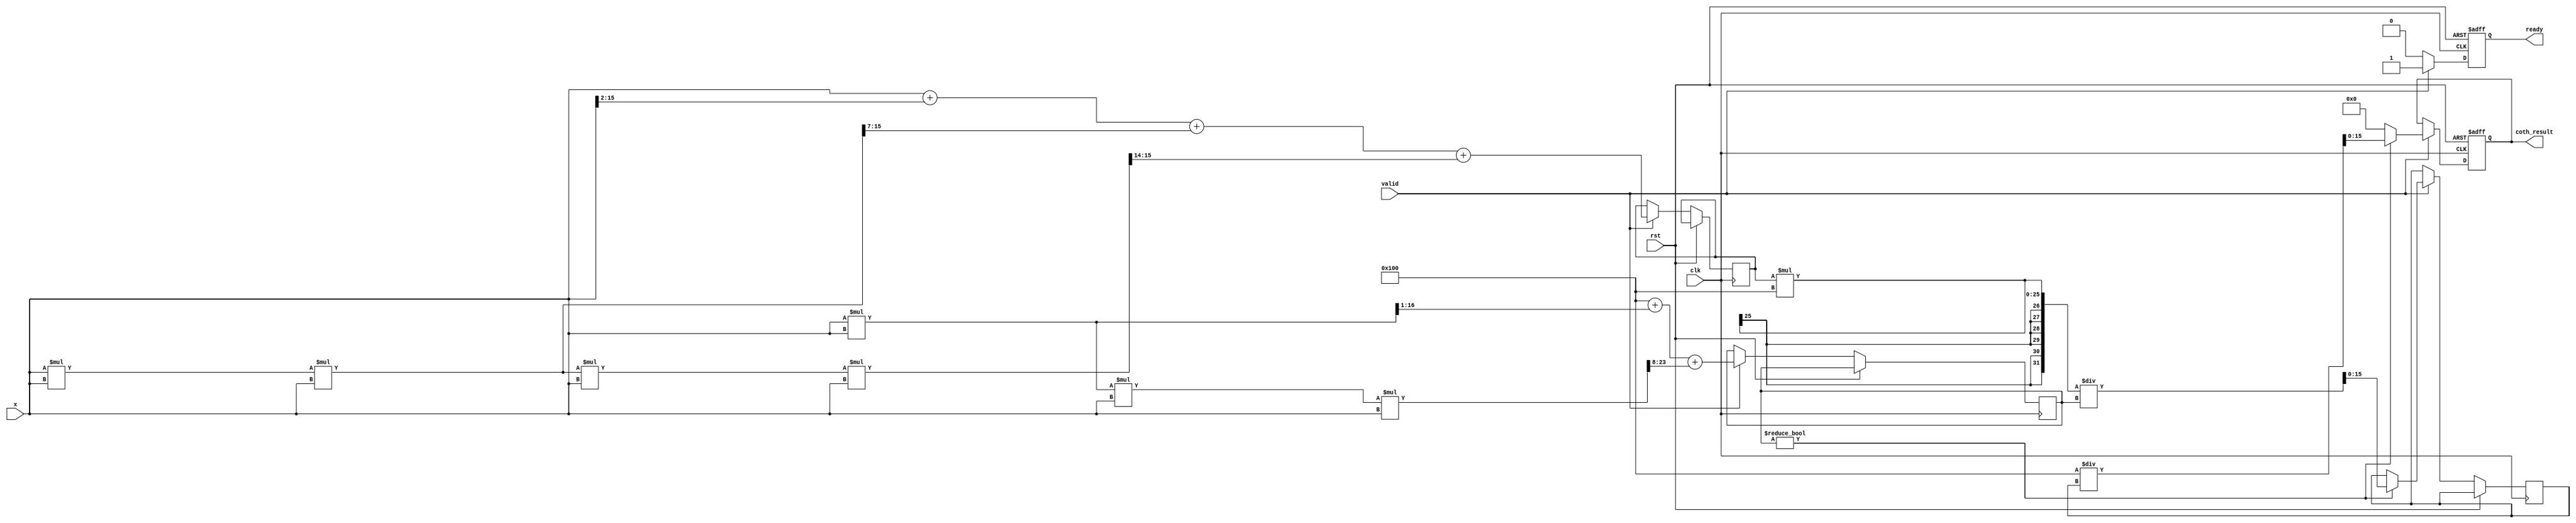
module hyperbolic_coth #(
    parameter DATA_WIDTH = 16,    // Bit-width for input and output
    parameter FRAC_WIDTH = 8       // Number of fractional bits
) (
    input wire clk,                // Clock signal
    input wire rst,                // Reset signal
    input wire valid,              // Input valid signal
    input wire signed [DATA_WIDTH-1:0] x, // Input value (fixed-point representation)
    output reg signed [DATA_WIDTH-1:0] coth_result, // Output result
    output reg ready               // Output ready signal
);

    // Internal wires for sinh and cosh results
    wire signed [DATA_WIDTH-1:0] sinh_x;
    wire signed [DATA_WIDTH-1:0] cosh_x;
    wire signed [DATA_WIDTH-1:0] tanh_x; 

    // Implement sinh and cosh functions using Taylor series
    function signed [DATA_WIDTH-1:0] sinh;
        input signed [DATA_WIDTH-1:0] x;
        begin
            // Approximation using Taylor series: sinh(x) ~= x + x^3/6 + x^5/120
            sinh = x + (x >>> 2) + (x * x * x >>> 7) + (x * x * x * x * x >>> 14);
        end
    endfunction

    function signed [DATA_WIDTH-1:0] cosh;
        input signed [DATA_WIDTH-1:0] x;
        begin
            // Approximation using Taylor series: cosh(x) ~= 1 + x^2/2 + x^4/24
            cosh = (1 << FRAC_WIDTH) + (x * x >>> 1) + (x * x * x * x >>> 8);
        end
    endfunction

    always @ (posedge clk or posedge rst) begin
        if (rst) begin
            coth_result <= 0;
            ready <= 0;
        end else if (valid) begin
            // Compute sinh and cosh
            sinh_x <= sinh(x);
            cosh_x <= cosh(x);

            // Calculate tanh = sinh/cosh
            if (cosh_x != 0) begin
                tanh_x <= sinh_x * (1 << FRAC_WIDTH) / cosh_x; // Scale to fixed-point
                coth_result <= (1 << FRAC_WIDTH) / tanh_x; // coth = 1 / tanh
            end else begin
                coth_result <= 0; // Handle division by zero case
            end
            
            ready <= 1;
        end else begin
            ready <= 0;
        end
    end
endmodule